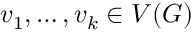
v _ { 1 } , \ldots , v _ { k } \in V ( G )